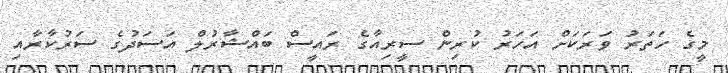
މީގެ ހަތަރު ވަރަކަށް އަހަރު ކުރިން ސީރިއާގެ ރައީސް ބައްޝާރުލް އަސަދުގެ ސަރުކާރާއި